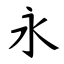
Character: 永